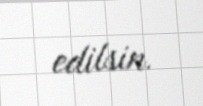
edilsin.